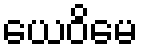
ယေဝိမေ